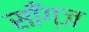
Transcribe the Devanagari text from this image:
साँग्ज